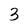
Character: 3